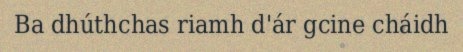
Ba dhúthchas riamh d'ár gcine cháidh